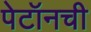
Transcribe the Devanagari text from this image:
पेटॉनची